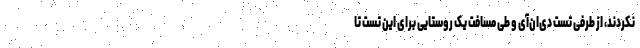
نکردند، از طرفی تست دی‌ان‌آی و طی مسافت یک روستایی برای این تست تا